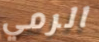
الرمي